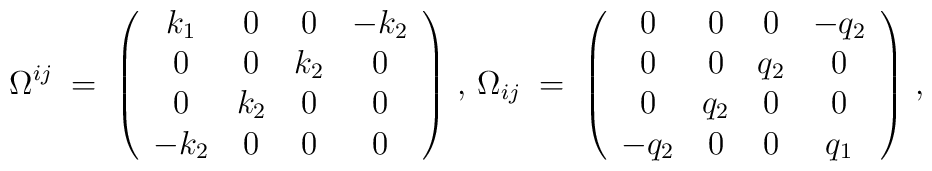
\Omega^{ij} \;=\; \left( \begin{array}{cccc} k_1&0&0&-k_2 \\ 0&0&k_2&0 \\ 0&k_2&0&0 \\ -k_2&0&0&0 \end{array} \right) \, , \,  \Omega_{ij} \;=\; \left( \begin{array}{cccc} 0&0&0&-q_2 \\ 0&0&q_2&0 \\ 0&q_2&0&0 \\ -q_2&0&0&q_1 \end{array}\right) \, ,